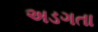
અડગતા